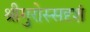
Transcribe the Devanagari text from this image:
श्रीगुरोस्सदृशं